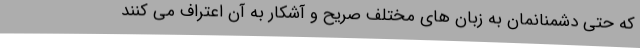
که حتی دشمنانمان به زبان های مختلف صریح و آشکار به آن اعتراف می کنند